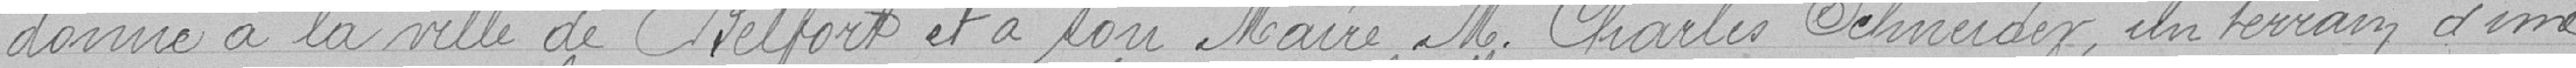
donne à la vielle de Belfort et à son Maire M. Charles Schneider, un terrain d'une